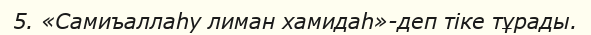
5. «Самиъаллаһу лиман хамидаһ»-деп тіке тұрады.